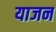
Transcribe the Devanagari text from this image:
याजन